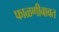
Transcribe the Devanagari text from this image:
फाळणीबाबत